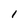
Character: I